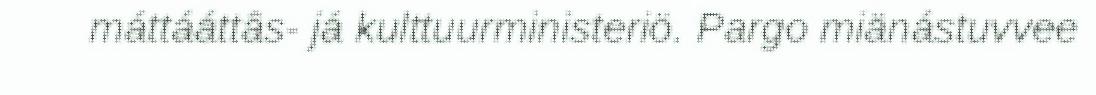
máttááttâs- já kulttuurministeriö. Pargo miänástuvvee